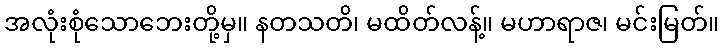
အလုံးစုံသောဘေးတို့မှ။ နတသတိ၊ မထိတ်လန့်။ မဟာရာဇ၊ မင်းမြတ်။